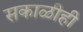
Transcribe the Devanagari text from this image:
सकाळीही